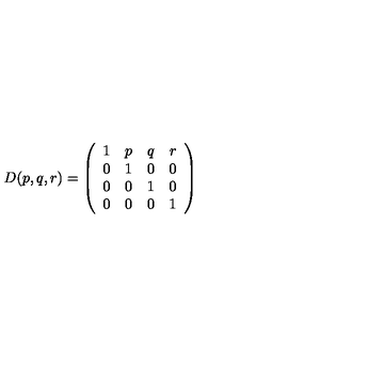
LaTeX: D ( p , q , r ) = \left( \begin{array} { c c c c } { 1 } & { p } & { q } & { r } \\ { 0 } & { 1 } & { 0 } & { 0 } \\ { 0 } & { 0 } & { 1 } & { 0 } \\ { 0 } & { 0 } & { 0 } & { 1 } \\ \end{array} \right)